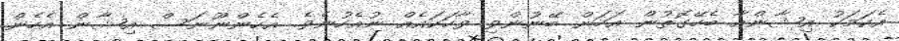
އެކަމަކު އިޝާންއާ ބެހޭގޮތުން އަހަން ބޭނުންވި ވާހަކައެއް ނުއެހުނެވެ. އެހެންނޫނަސް އިޝާން އެހެން